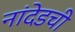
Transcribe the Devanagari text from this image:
नांदेडची